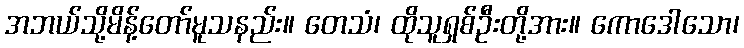
အဘယ်သို့မိန့်တော်မူသနည်း။ တေသံ၊ ထိုသူရှစ်ဦးတို့အား။ ကောဒေါသော၊